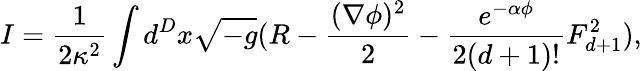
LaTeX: I=\frac{1}{2\kappa^{2}}\int d^{D}x\sqrt{-g}(R-\frac{(\nabla\phi)^{2}}{2}-\frac{e^{-\alpha\phi}}{2(d+1)!}F_{d+1}^{2}),